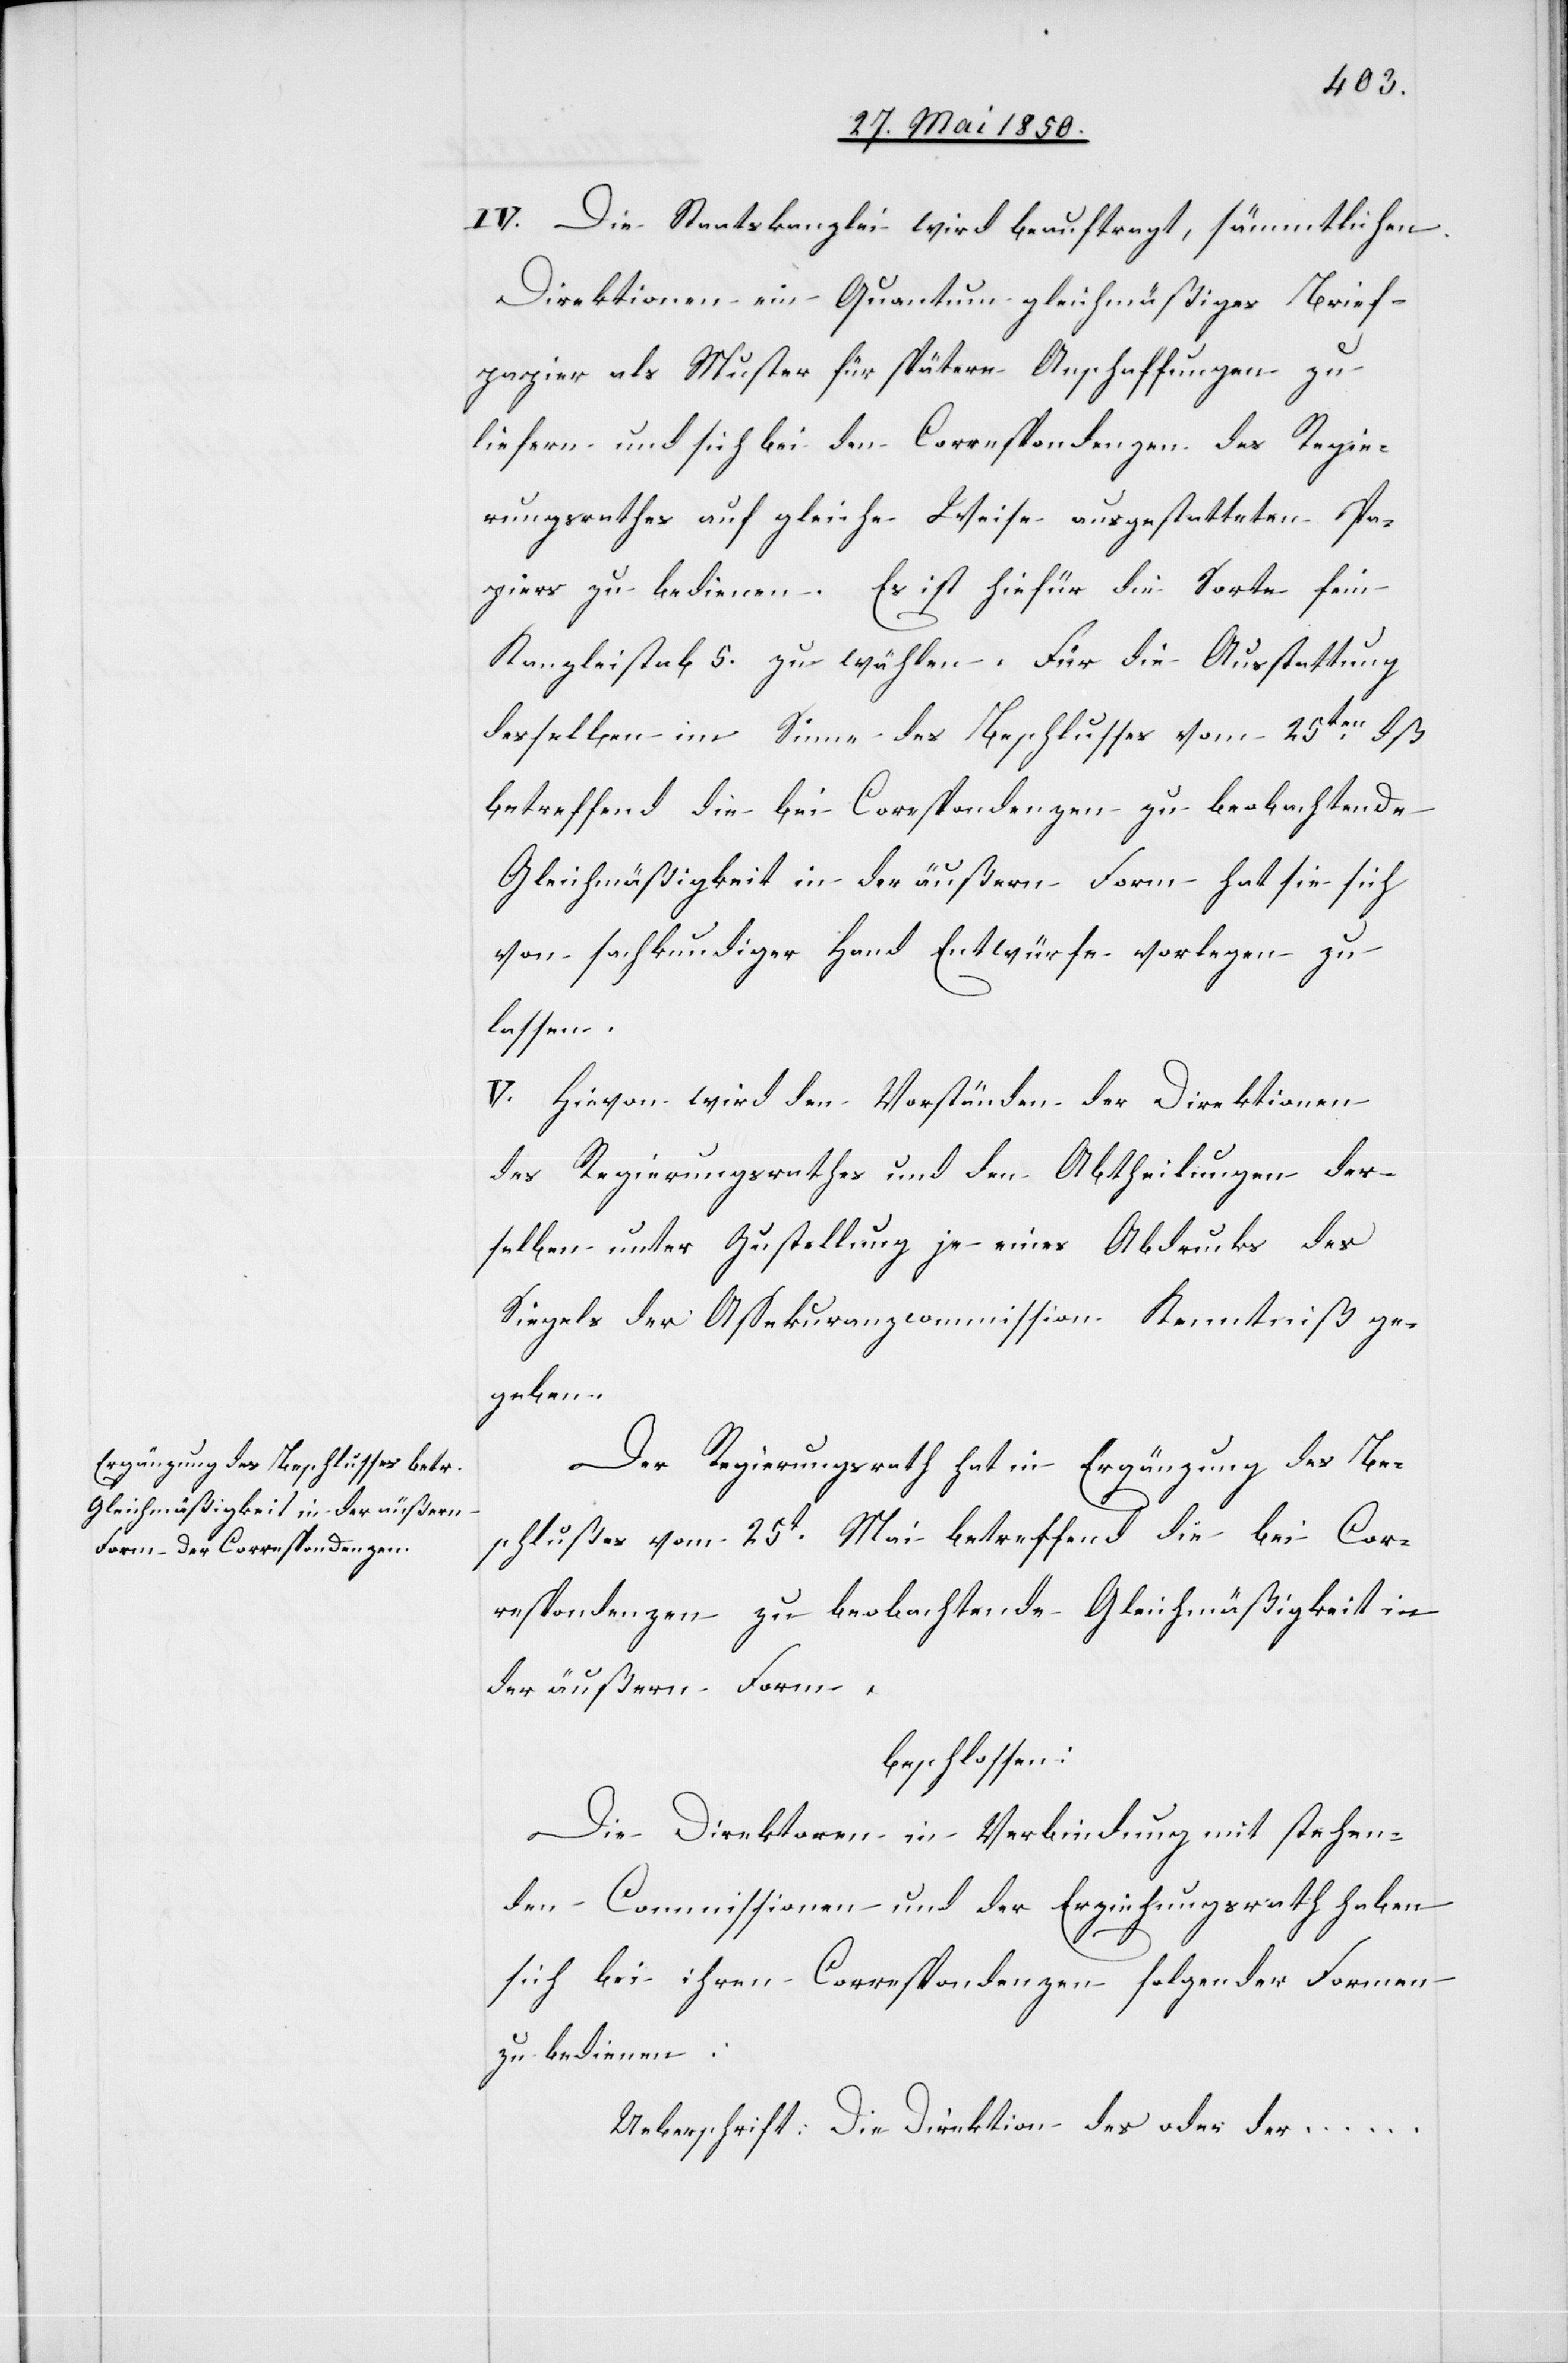
IV. Die Staatskanzlei wird beauftragt, sämmtlichen
Direktionen ein Quantum gleichmäßiges Brief¬
papier als Muster für spätere Anschaffungen zu
liefern und sich bei den Correspondenzen des Regie¬
rungsrathes auf gleiche Weise ausgestatteten Pa¬
piers zu bedienen. Es ist hiefür die Sorte fein
Kanzleistab 5. zu wählen. Für die Ausstattung
desselben im Sinne des Beschlusses vom 25ten dß
betreffend die bei Correspondenzen zu beobachtende
Gleichmäßigkeit in der äußern Form hat sie sich
von sachkundiger Hand Entwürfe vorlegen zu
lassen.
V. Hievon wird den Vorständen der Direktionen
des Regierungsrathes und den Abtheilungen der¬
selben unter Zustellung je eines Abdrucks des
Siegels der Assekuranzcommission Kenntniß ge¬
geben.
Der Regierungsrath hat in Ergänzung des Be¬
schlußes vom 25t Mai betreffend die bei Cor¬
respondenzen zu beobachtende Gleichmäßigkeit in
der äußern Form,
beschlossen:
Die Direktoren in Verbindung mit stehen¬
den Commissionen und der Erziehungsrath haben
sich bei ihren Correspondenzen folgender Formen
zu bedienen:
Ueberschrift: Die Direktion des oder der …